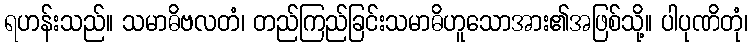
ရဟန်းသည်။ သမာဓိဗလတံ၊ တည်ကြည်ခြင်းသမာဓိဟူသောအား၏အဖြစ်သို့။ ပါပုဏိတုံ၊